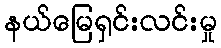
နယ်မြေရှင်းလင်းမှု